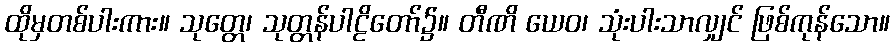
ထိုမှတစ်ပါးကား။ သုတ္တေ၊ သုတ္တန်ပါဠိတော်၌။ တီဏိ ယေဝ၊ သုံးပါးသာလျှင် ဖြစ်ကုန်သော။